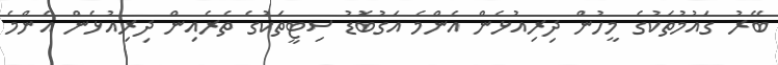
ބޭރު ގައުމުތަކުގެ މީހުން ދިރިއުޅެން އެންމެ އަގުބޮޑު ސިޓީތަކުގެ ތެރެއިން ދިރިއުޅެން އެންމެ